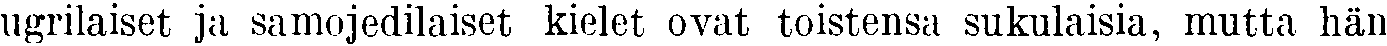
ugrilaiset ja samojedilaiset kielet ovat toistensa sukulaisia, mutta hän